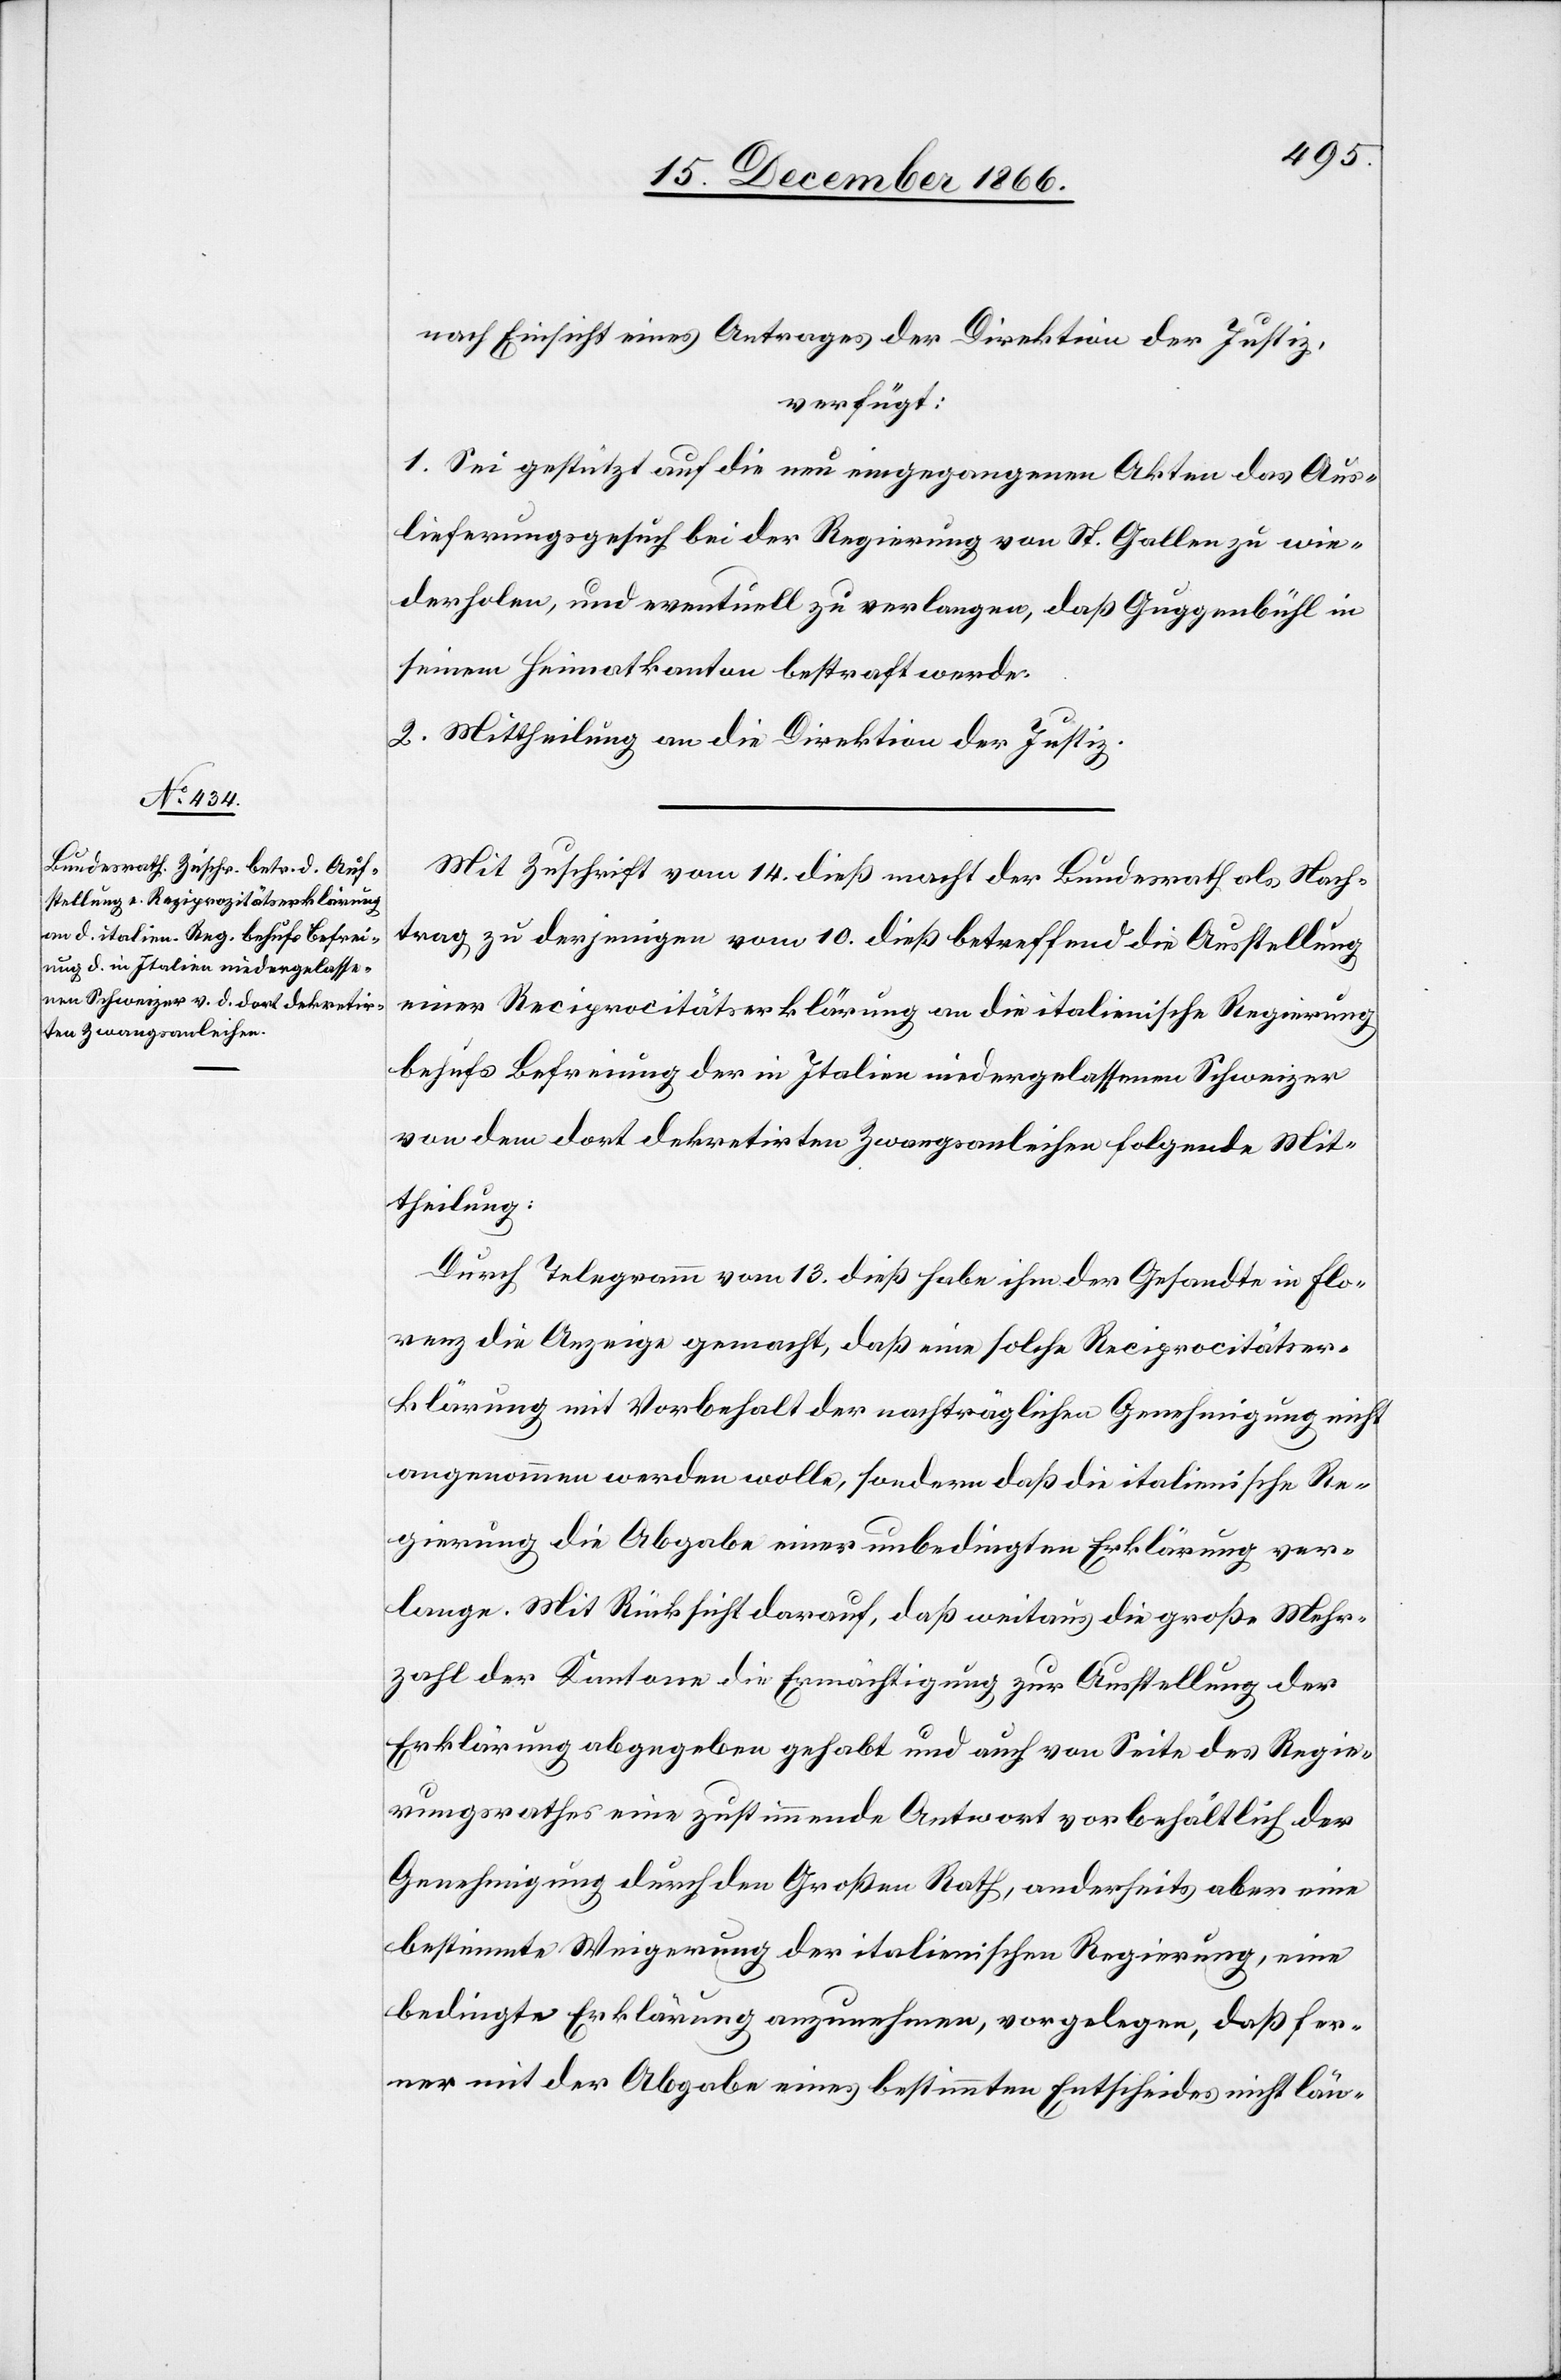
19. December 1866.]
nach Einsicht eines Antrages der Direktion der Justiz,
verfügt:
1. Sei gestützt auf die neu eingegangenen Akten das Aus¬
lieferungsgesuch bei der Regierung von St. Gallen zu wie¬
derholen, und eventuell zu verlangen, daß Guggenbühl in
seinem Heimatkanton bestraft werde.
2. Mittheilung an die Direktion der Justiz.
Mit Zuschrift vom 14. dieß macht der Bundesrath als Nach¬
trag zu derjenigen vom 10. dieß betreffend die Ausstellung
einer Reciprocitätserklärung an die italienische Regierung
behufs Befreiung der in Italien niedergelassenen Schweizer
von dem dort dekretirten Zwangsanleihen folgende Mit¬
theilung:
Durch Telegramm vom 13. dieß habe ihm der Gesandte in Flo¬
renz die Anzeige gemacht, daß eine solche Reciprocitätser¬
klärung mit Vorbehalt der nachträglichen Genehmigung nicht
angenommen werden wolle, sondern daß die italienische Re¬
gierung die Abgabe einer unbedingten Erklärung ver¬
lange. Mit Rücksicht darauf, daß weitaus die große Mehr¬
zahl der Kantone die Ermächtigung zur Ausstellung der
Erklärung abgegeben gehabt und auch von Seite des Regie¬
rungsrathes eine zustimmende Antwort vorbehältlich der
Genehmigung durch den Großen Rath, anderseits aber eine
bestimmte Weigerung der italienischen Regierung, eine
bedingte Erklärung anzunehmen, vorgelegen, daß fer¬
ner mit der Abgabe eines bestimmten Entscheides nicht län-